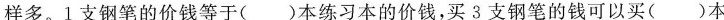
样多。1 支钢笔的价钱等于( )本练习本的价钱，买3支钢笔的钱可以买( )本